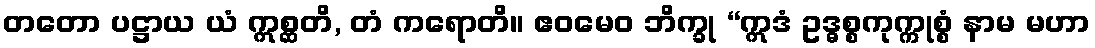
တတော ပဋ္ဌာယ ယံ ဣစ္ဆတိ, တံ ကရောတိ။ ဧဝမေဝ ဘိက္ခု “ဣဒံ ဥဒ္ဓစ္စကုက္ကုစ္စံ နာမ မဟာ